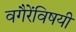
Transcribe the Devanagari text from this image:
वगैरेंविषयी